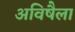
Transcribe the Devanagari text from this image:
अविषैला